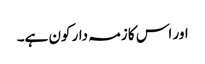
اور اس کا زمہ دار کون ہے۔